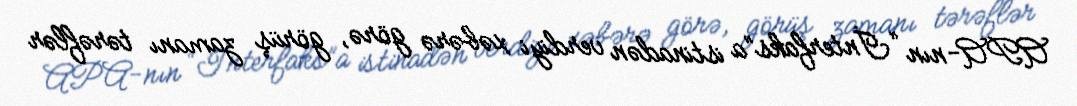
APA-nın “İnterfaks”a istinadən verdiyi xəbərə görə, görüş zamanı tərəflər